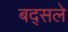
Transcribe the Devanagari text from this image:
बद्सले